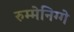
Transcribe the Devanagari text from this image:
रुम्मेनिग्गे